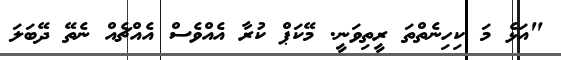
"އަޅެ މަ ކިހިނެތްތަ ރީތިވަނީ. މޭކަޕް ކުރާ އެއްވެސް އެއްޗެއް ނެތޭ ދޭބަލަ